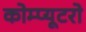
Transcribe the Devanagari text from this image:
कोम्प्यूटरो